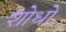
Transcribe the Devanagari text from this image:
शोधो